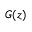
G ( z )